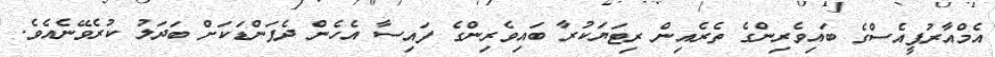
އެމްއާރުޕީއެސްގެ ބައިވެރިންގެ ތެރެއިން ރިޓަޔަކުރާ ބައިވެރިންގެ ފައިސާ އެހެން ދެފަންޑަކަށް ބަދަލު ކުރެވޭނެއެވެ.